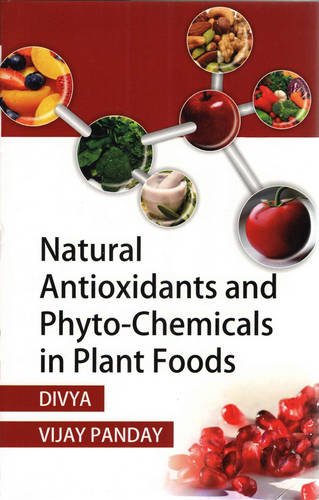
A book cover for Natural Antioxidants & Phyto-Chemicals in Plant Foods; Vijay Panday Divya; Health, Fitness & Dieting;